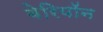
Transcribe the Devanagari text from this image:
बेरियॉन